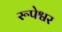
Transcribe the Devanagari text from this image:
रूपेश्वर